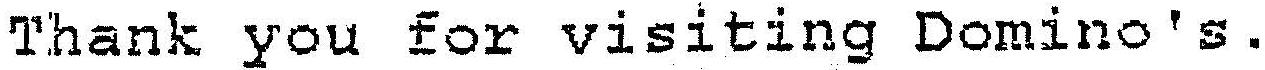
THANK YOU FOR VISITING DOMINO'S.